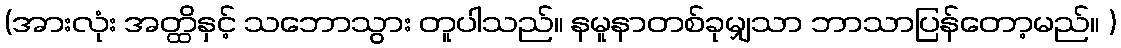
(အားလုံး အတ္ထိနှင့် သဘောသွား တူပါသည်။ နမူနာတစ်ခုမျှသာ ဘာသာပြန်တော့မည်။ )